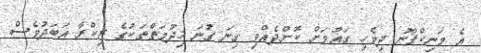
އެ މަނިކްފާނު ދިވެހި ގައުމަށް ކޮށްދެއްވި ގިނަ ގުނަ ޚިދުމަތްތަކުގެ ޒިކްރާ އަބަދުވެސް